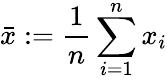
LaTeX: \bar{x}:=\frac{1}{n}\sum_{i=1}^{n}x_{i}